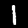
Label: 1